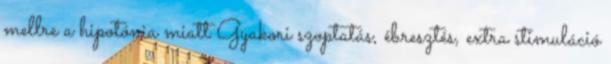
mellre a hipotónia miatt Gyakori szoptatás, ébresztés, extra stimuláció